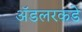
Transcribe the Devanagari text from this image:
ॲडलरकडे